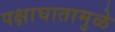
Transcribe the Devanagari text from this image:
पक्षाघातामुळे